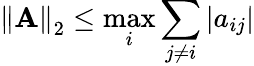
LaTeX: \left\Vert\mathbf{A}\right\Vert_{2}\leq\operatorname*{max}_{i}\sum_{j\neq i}|a_{ij}|